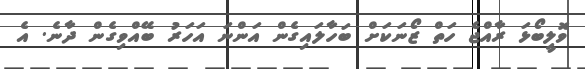
ވޮލީބޯޅަ ރާއްޖެ ހަތް ޒޯނަކަށް ބަހާލައިގެން އަންނަ އަހަރު ބޭއްވިގެން ދާނެ. އެ